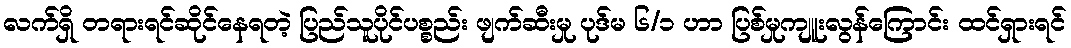
လက်ရှိ တရားရင်ဆိုင်နေရတဲ့ ပြည်သူပိုင်ပစ္စည်း ဖျက်ဆီးမှု ပုဒ်မ ၆/၁ ဟာ ပြစ်မှုကျူးလွန်ကြောင်း ထင်ရှားရင်